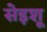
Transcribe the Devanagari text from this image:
सेइशू